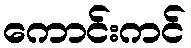
ကောင်းကင်